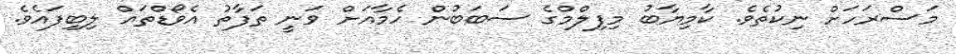
މަސްރަހަށް ނިކުތެވެ. ކާމިޔާބު މިފިލްމްގެ ސަބަބުން ހެމާއަށް ވަނީ ތަފާތު އެވޯޑްތައް ލިބިފައެވެ.